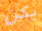
يكن